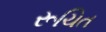
રૂચિત